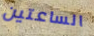
الساعتين